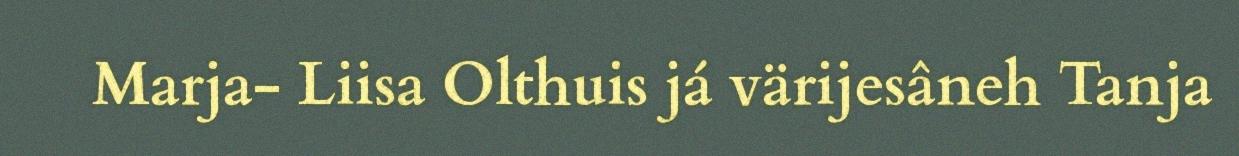
Marja- Liisa Olthuis já värijesâneh Tanja